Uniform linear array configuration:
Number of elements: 32
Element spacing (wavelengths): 1
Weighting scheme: kaiser
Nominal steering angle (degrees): -30
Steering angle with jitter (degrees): -31.242
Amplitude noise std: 0.05
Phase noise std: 0.05

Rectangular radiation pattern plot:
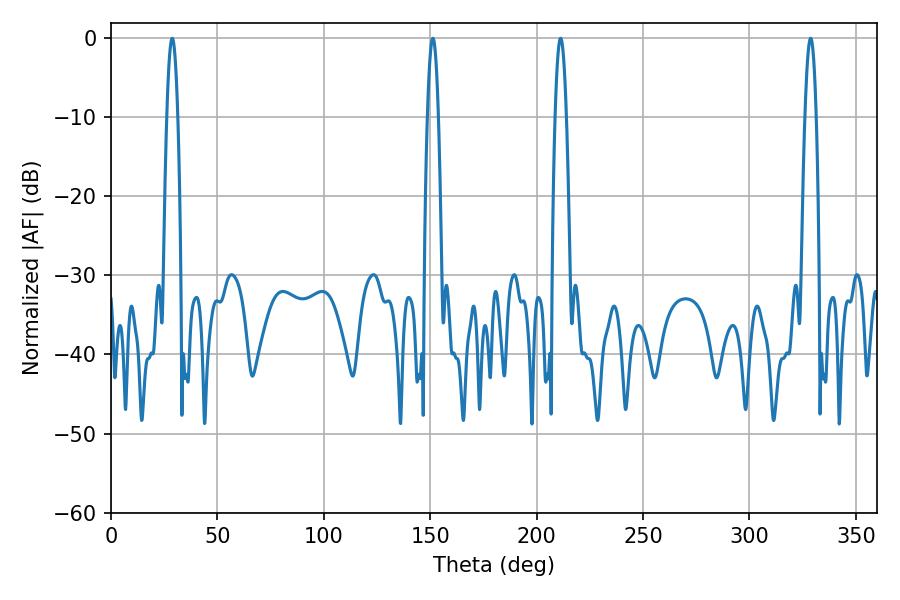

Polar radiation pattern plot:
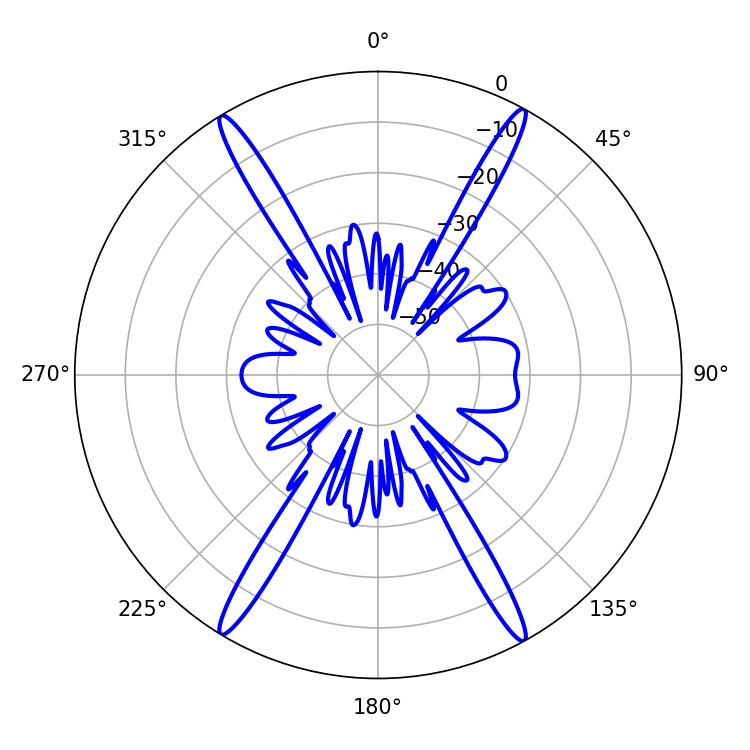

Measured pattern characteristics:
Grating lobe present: TRUE
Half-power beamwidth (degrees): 2.88
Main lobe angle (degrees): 28.8